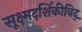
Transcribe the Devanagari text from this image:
सूक्ष्मदर्शिकीविद्